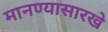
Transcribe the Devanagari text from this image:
मानण्यासारखे